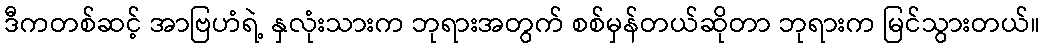
ဒီကတစ်ဆင့် အာဗြဟံရဲ့ နှလုံးသားက ဘုရားအတွက် စစ်မှန်တယ်ဆိုတာ ဘုရားက မြင်သွားတယ်။